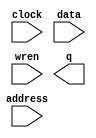
// megafunction wizard: %RAM: 1-PORT%VBB%
// GENERATION: STANDARD
// VERSION: WM1.0
// MODULE: altsyncram 

// ============================================================
// Megafunction Name(s):
// 			altsyncram
//
// Simulation Library Files(s):
// 			altera_mf
// ============================================================
// ************************************************************
// THIS IS A WIZARD-GENERATED FILE. DO NOT EDIT THIS FILE!
//
// 18.1.0 Build 625 09/12/2018 SJ Lite Edition
// ************************************************************

//Copyright (C) 2018  Intel Corporation. All rights reserved.
//Your use of Intel Corporation's design tools, logic functions 
//and other software and tools, and its AMPP partner logic 
//functions, and any output files from any of the foregoing 
//(including device programming or simulation files), and any 
//associated documentation or information are expressly subject 
//to the terms and conditions of the Intel Program License 
//Subscription Agreement, the Intel Quartus Prime License Agreement,
//the Intel FPGA IP License Agreement, or other applicable license
//agreement, including, without limitation, that your use is for
//the sole purpose of programming logic devices manufactured by
//Intel and sold by Intel or its authorized distributors.  Please
//refer to the applicable agreement for further details.

module s_mem (
	address,
	clock,
	data,
	wren,
	q);

	input	[7:0]  address;
	input	  clock;
	input	[15:0]  data;
	input	  wren;
	output	[15:0]  q;
`ifndef ALTERA_RESERVED_QIS
// synopsys translate_off
`endif
	tri1	  clock;
`ifndef ALTERA_RESERVED_QIS
// synopsys translate_on
`endif

endmodule

// ============================================================
// CNX file retrieval info
// ============================================================
// Retrieval info: PRIVATE: ADDRESSSTALL_A NUMERIC "0"
// Retrieval info: PRIVATE: AclrAddr NUMERIC "0"
// Retrieval info: PRIVATE: AclrByte NUMERIC "0"
// Retrieval info: PRIVATE: AclrData NUMERIC "0"
// Retrieval info: PRIVATE: AclrOutput NUMERIC "0"
// Retrieval info: PRIVATE: BYTE_ENABLE NUMERIC "0"
// Retrieval info: PRIVATE: BYTE_SIZE NUMERIC "8"
// Retrieval info: PRIVATE: BlankMemory NUMERIC "1"
// Retrieval info: PRIVATE: CLOCK_ENABLE_INPUT_A NUMERIC "0"
// Retrieval info: PRIVATE: CLOCK_ENABLE_OUTPUT_A NUMERIC "0"
// Retrieval info: PRIVATE: Clken NUMERIC "0"
// Retrieval info: PRIVATE: DataBusSeparated NUMERIC "1"
// Retrieval info: PRIVATE: IMPLEMENT_IN_LES NUMERIC "0"
// Retrieval info: PRIVATE: INIT_FILE_LAYOUT STRING "PORT_A"
// Retrieval info: PRIVATE: INIT_TO_SIM_X NUMERIC "0"
// Retrieval info: PRIVATE: INTENDED_DEVICE_FAMILY STRING "Cyclone V"
// Retrieval info: PRIVATE: JTAG_ENABLED NUMERIC "1"
// Retrieval info: PRIVATE: JTAG_ID STRING "S"
// Retrieval info: PRIVATE: MAXIMUM_DEPTH NUMERIC "0"
// Retrieval info: PRIVATE: MIFfilename STRING ""
// Retrieval info: PRIVATE: NUMWORDS_A NUMERIC "256"
// Retrieval info: PRIVATE: RAM_BLOCK_TYPE NUMERIC "2"
// Retrieval info: PRIVATE: READ_DURING_WRITE_MODE_PORT_A NUMERIC "3"
// Retrieval info: PRIVATE: RegAddr NUMERIC "1"
// Retrieval info: PRIVATE: RegData NUMERIC "1"
// Retrieval info: PRIVATE: RegOutput NUMERIC "0"
// Retrieval info: PRIVATE: SYNTH_WRAPPER_GEN_POSTFIX STRING "0"
// Retrieval info: PRIVATE: SingleClock NUMERIC "1"
// Retrieval info: PRIVATE: UseDQRAM NUMERIC "1"
// Retrieval info: PRIVATE: WRCONTROL_ACLR_A NUMERIC "0"
// Retrieval info: PRIVATE: WidthAddr NUMERIC "8"
// Retrieval info: PRIVATE: WidthData NUMERIC "16"
// Retrieval info: PRIVATE: rden NUMERIC "0"
// Retrieval info: LIBRARY: altera_mf altera_mf.altera_mf_components.all
// Retrieval info: CONSTANT: CLOCK_ENABLE_INPUT_A STRING "BYPASS"
// Retrieval info: CONSTANT: CLOCK_ENABLE_OUTPUT_A STRING "BYPASS"
// Retrieval info: CONSTANT: INTENDED_DEVICE_FAMILY STRING "Cyclone V"
// Retrieval info: CONSTANT: LPM_HINT STRING "ENABLE_RUNTIME_MOD=YES,INSTANCE_NAME=S"
// Retrieval info: CONSTANT: LPM_TYPE STRING "altsyncram"
// Retrieval info: CONSTANT: NUMWORDS_A NUMERIC "256"
// Retrieval info: CONSTANT: OPERATION_MODE STRING "SINGLE_PORT"
// Retrieval info: CONSTANT: OUTDATA_ACLR_A STRING "NONE"
// Retrieval info: CONSTANT: OUTDATA_REG_A STRING "UNREGISTERED"
// Retrieval info: CONSTANT: POWER_UP_UNINITIALIZED STRING "FALSE"
// Retrieval info: CONSTANT: RAM_BLOCK_TYPE STRING "M10K"
// Retrieval info: CONSTANT: READ_DURING_WRITE_MODE_PORT_A STRING "NEW_DATA_NO_NBE_READ"
// Retrieval info: CONSTANT: WIDTHAD_A NUMERIC "8"
// Retrieval info: CONSTANT: WIDTH_A NUMERIC "16"
// Retrieval info: CONSTANT: WIDTH_BYTEENA_A NUMERIC "1"
// Retrieval info: USED_PORT: address 0 0 8 0 INPUT NODEFVAL "address[7..0]"
// Retrieval info: USED_PORT: clock 0 0 0 0 INPUT VCC "clock"
// Retrieval info: USED_PORT: data 0 0 16 0 INPUT NODEFVAL "data[15..0]"
// Retrieval info: USED_PORT: q 0 0 16 0 OUTPUT NODEFVAL "q[15..0]"
// Retrieval info: USED_PORT: wren 0 0 0 0 INPUT NODEFVAL "wren"
// Retrieval info: CONNECT: @address_a 0 0 8 0 address 0 0 8 0
// Retrieval info: CONNECT: @clock0 0 0 0 0 clock 0 0 0 0
// Retrieval info: CONNECT: @data_a 0 0 16 0 data 0 0 16 0
// Retrieval info: CONNECT: @wren_a 0 0 0 0 wren 0 0 0 0
// Retrieval info: CONNECT: q 0 0 16 0 @q_a 0 0 16 0
// Retrieval info: GEN_FILE: TYPE_NORMAL s_mem.v TRUE
// Retrieval info: GEN_FILE: TYPE_NORMAL s_mem.inc FALSE
// Retrieval info: GEN_FILE: TYPE_NORMAL s_mem.cmp FALSE
// Retrieval info: GEN_FILE: TYPE_NORMAL s_mem.bsf FALSE
// Retrieval info: GEN_FILE: TYPE_NORMAL s_mem_inst.v TRUE
// Retrieval info: GEN_FILE: TYPE_NORMAL s_mem_bb.v TRUE
// Retrieval info: LIB_FILE: altera_mf